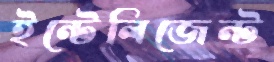
ইন্টেলিজেন্ট